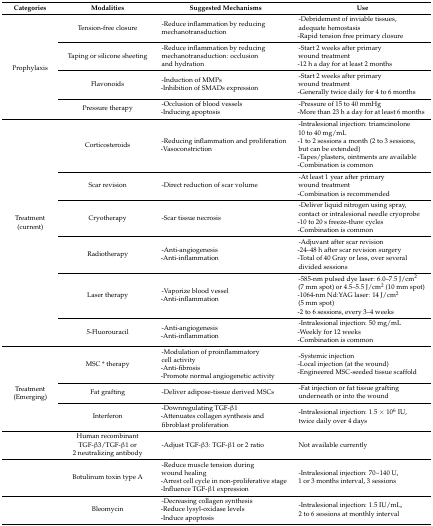
<table><thead><tr><td><b>Categories</b></td><td><b>Modalities</b></td><td><b>Suggested Mechanisms</b></td><td><b>Use</b></td></tr></thead><tbody><tr><td rowspan="4">Prophylaxis</td><td>Tension-free closure</td><td>-Reduce inflammation by reducing mechanotransduction</td><td>-Debridement of inviable tissues, adequate hemostasis -Rapid tension free primary closure</td></tr><tr><td>Taping or silicone sheeting</td><td>-Reduce inflammation by reducing mechanotransduction: occlusion and hydration</td><td>-Start 2 weeks after primary wound treatment -12 h a day for at least 2 months</td></tr><tr><td>Flavonoids</td><td>-Induction of MMPs -Inhibition of SMADs expression</td><td>-Start 2 weeks after primary wound treatment -Generally twice daily for 4 to 6 months</td></tr><tr><td>Pressure therapy</td><td>-Occlusion of blood vessels -Inducing apoptosis</td><td>-Pressure of 15 to 40 mmHg -More than 23 h a day for at least 6 months</td></tr><tr><td rowspan="6">Treatment (current)</td><td>Corticosteroids</td><td>-Reducing inflammation and proliferation -Vasoconstriction</td><td>-Intralesional injection: triamcinolone 10 to 40 mg/mL -1 to 2 sessions a month (2 to 3 sessions, but can be extended) -Tapes/plasters, ointments are available -Combination is common</td></tr><tr><td>Scar revision</td><td>-Direct reduction of scar volume</td><td>-At least 1 year after primary wound treatment -Combination is recommended</td></tr><tr><td>Cryotherapy</td><td>-Scar tissue necrosis</td><td>-Deliver liquid nitrogen using spray, contact or intralesional needle cryoprobe -10 to 20 s freeze-thaw cycles -Combination is common</td></tr><tr><td>Radiotherapy</td><td>-Anti-angiogenesis -Anti-inflammation</td><td>-Adjuvant after scar revision -24–48 h after scar revision surgery -Total of 40 Gray or less, over several divided sessions</td></tr><tr><td>Laser therapy</td><td>-Vaporize blood vessel -Anti-inflammation</td><td>-585-nm pulsed dye laser: 6.0–7.5 J/cm<sup>2</sup> (7 mm spot) or 4.5–5.5 J/cm<sup>2</sup> (10 mm spot) -1064-nm Nd:YAG laser: 14 J/cm<sup>2</sup> (5 mm spot) -2 to 6 sessions, every 3–4 weeks</td></tr><tr><td>5-Fluorouracil</td><td>-Anti-angiogenesis -Anti-inflammation</td><td>-Intralesional injection: 50 mg/mL -Weekly for 12 weeks -Combination is common</td></tr><tr><td rowspan="3">Treatment (Emerging)</td><td>MSC * therapy</td><td>-Modulation of proinflammatory cell activity -Anti-fibrosis -Promote normal angiogenetic activity</td><td>-Systemic injection -Local injection (at the wound) -Engineered MSC-seeded tissue scaffold</td></tr><tr><td>Fat grafting</td><td>-Deliver adipose-tissue derived MSCs</td><td>-Fat injection or fat tissue grafting underneath or into the wound</td></tr><tr><td>Interferon</td><td>-Downregulating TGF-β1 -Attenuates collagen synthesis and fibroblast proliferation</td><td>-Intralesional injection: 1.5 × 10<sup>6</sup> IU, twice daily over 4 days</td></tr><tr><td>[EMPTY_CELL]</td><td>Human recombinant TGF-β3/TGF-β1 or 2 neutralizing antibody</td><td>-Adjust TGF-β3: TGF-β1 or 2 ratio</td><td>Not available currently</td></tr><tr><td>[EMPTY_CELL]</td><td>Botulinum toxin type A</td><td>-Reduce muscle tension during wound healing -Arrest cell cycle in non-proliferative stage -Influence TGF-β1 expression</td><td>-Intralesional injection: 70~140 U, 1 or 3 months interval, 3 sessions</td></tr><tr><td>[EMPTY_CELL]</td><td>Bleomycin</td><td>-Decreasing collagen synthesis -Reduce lysyl-oxidase levels -Induce apoptosis</td><td>-Intralesional injection: 1.5 IU/mL, 2 to 6 sessions at monthly interval</td></tr></tbody></table>